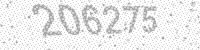
Solution: 206275